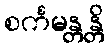
စင်္ကမန္တန္တိ